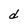
Character: d